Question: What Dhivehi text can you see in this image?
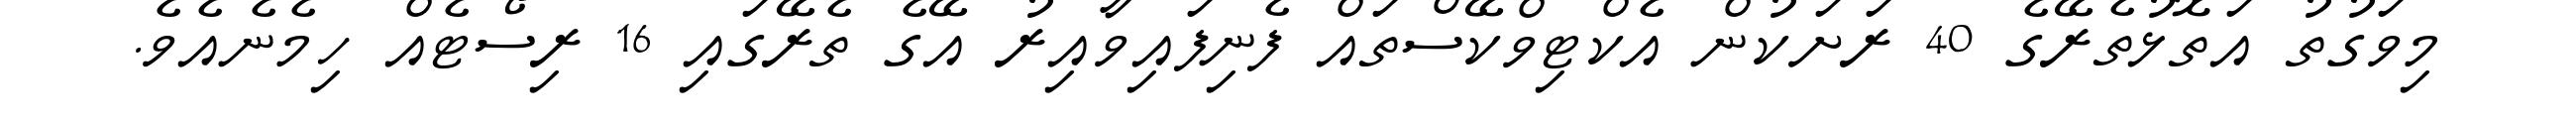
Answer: މިވަގުތު އަތޮޅުތެރޭގެ 40 ރަށަކުން އެކްޓިވްކޭސްތައް ފެނިފައިވާއިރު އޭގެ ތެރޭގައި 16 ރިސޯޓެއް ހިމެނެއެވެ.